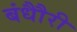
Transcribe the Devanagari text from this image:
बंधौैरी